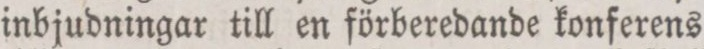
inbjudningar till en förberedande konferens